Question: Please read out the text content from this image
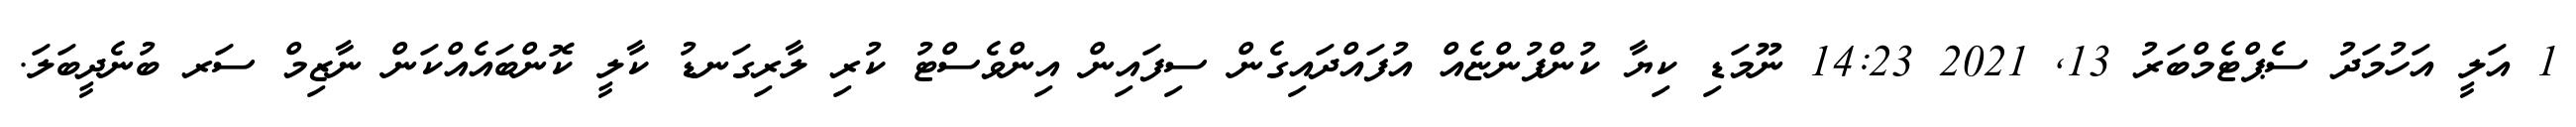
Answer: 1 އަލީ އަހުމަދު ސެޕްޓެމްބަރު 13, 2021 14:23 ނޫމަޑި ކިޔާ ކުންފުންޏެއް އުފައްދައިގެން ސިފައިން އިންވެސްޓު ކުރި ލާރިގަނޑު ކާލީ ކޮންބައެއްކަން ނާޒިމް ސަރ ބުނެދީބަލަ.